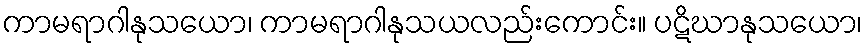
ကာမရာဂါနုသယော၊ ကာမရာဂါနုသယလည်းကောင်း။ ပဋိဃာနုသယော၊